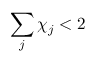
\sum _ { j } \chi _ { j } < 2